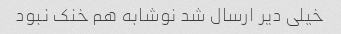
خیلی دیر ارسال شد نوشابه هم خنک نبود